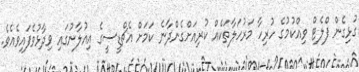
ގުޅިގެން ފްލެޓް ވިއްކުމުގެ ހުރިހާ މަރުހަލާތަކެއް ކުރިއަށްގެންދާނެ ކަމަށް އެޗްޑީސީގެ އިއުލާނުގައި ވިދާޅުވެފައިވެއެވެ.